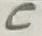
Text: C